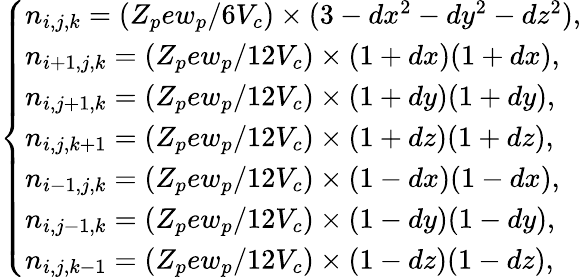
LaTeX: \left\{ \begin{array}{ll}{n_{i,j,k}=(Z_{p}ew_{p}/6V_{c})\times(3-dx^{2}-dy^{2}-dz^{2}),}\\ {n_{i+1,j,k}=(Z_{p}ew_{p}/12V_{c})\times(1+dx)(1+dx),}\\ {n_{i,j+1,k}=(Z_{p}ew_{p}/12V_{c})\times(1+dy)(1+dy),}\\ {n_{i,j,k+1}=(Z_{p}ew_{p}/12V_{c})\times(1+dz)(1+dz),}\\ {n_{i-1,j,k}=(Z_{p}ew_{p}/12V_{c})\times(1-dx)(1-dx),}\\ {n_{i,j-1,k}=(Z_{p}ew_{p}/12V_{c})\times(1-dy)(1-dy),}\\ {n_{i,j,k-1}=(Z_{p}ew_{p}/12V_{c})\times(1-dz)(1-dz),}\end{array}\right.